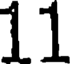
11